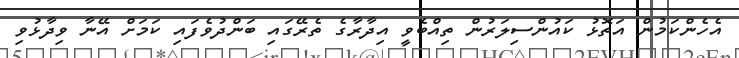
އެހެންކަމުން އަތޮޅު ކައުންސިލަރުން ތިއްބެވީ އިދާރާގެ ތެރޭގައި ބަންދުވެފައި ކަމަށް އޭނާ ވިދާޅުވި